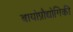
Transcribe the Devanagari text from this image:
बायोप्रौद्योगिकी